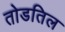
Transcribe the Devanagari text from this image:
तोडतिल